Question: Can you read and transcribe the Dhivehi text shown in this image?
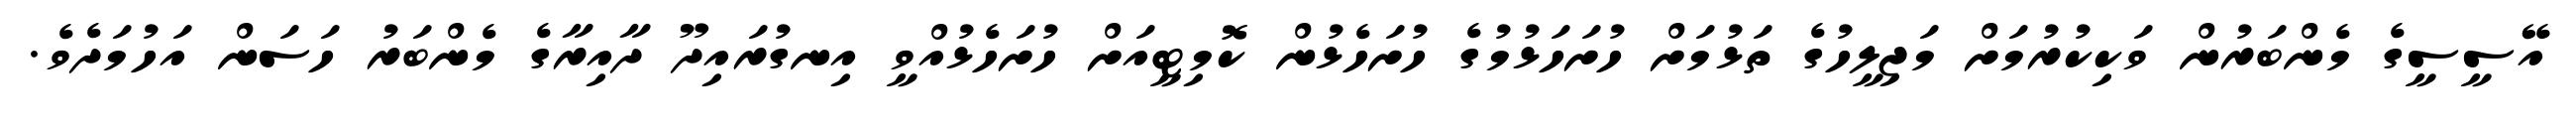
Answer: އޭސީސީގެ މެންބަރުން ވަކިކުރުމަށް މަޖިލީހުގެ ތަޅުމަށް ހުށަހަޅުމުގެ ހުށަހެޅުން ކޮމިޓީއަށް ހުށަހެޅުއްވީ އިނގުރައިދޫ ދާއިރާގެ މެންބަރު ހަސަން އަހުމަދެވެ.